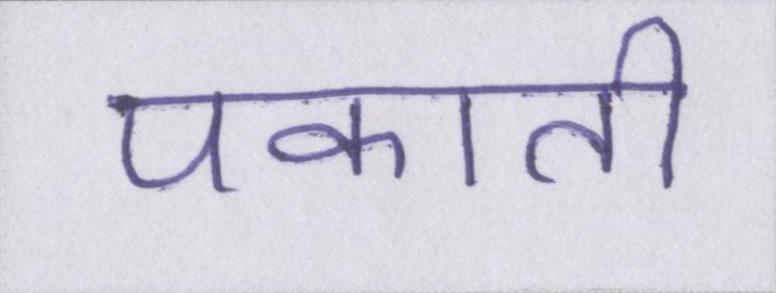
पकाती